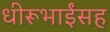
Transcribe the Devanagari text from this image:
धीरूभाईंसह